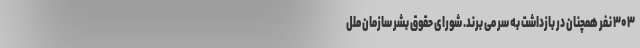
۳۰۳ نفر همچنان در بازداشت به سر می برند. شورای حقوق بشر سازمان ملل